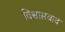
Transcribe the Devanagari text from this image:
विश्वासवाद